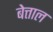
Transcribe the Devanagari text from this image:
बेत्ताल